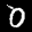
Label: 0